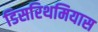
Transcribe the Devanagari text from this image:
डिसरिथमियास